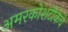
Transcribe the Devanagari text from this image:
अमरकोशटीकेचे